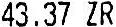
43.37 ZR